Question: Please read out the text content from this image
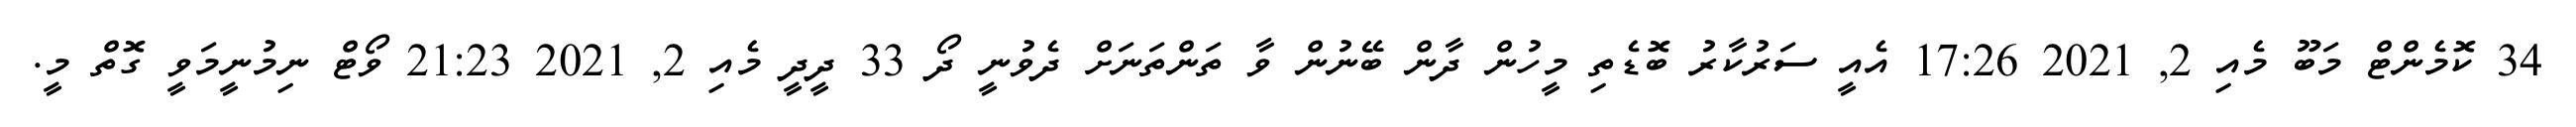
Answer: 34 ކޮމެންޓް މަބޫ މެއި 2, 2021 17:26 އެއީ ސަރުކާރު ބޮޑެތި މީހުން ދާން ބޭނުން ވާ ތަންތަނަށް ދެވުނީ ދޯ 33 ދީދީ މެއި 2, 2021 21:23 ވޯޓް ނިމުނީމަވީ ގޮތް މީ.